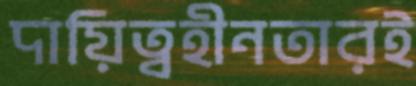
দায়িত্বহীনতারই